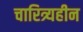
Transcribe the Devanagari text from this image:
चारित्र्यहीन